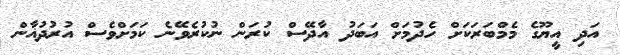
އަދި އީޔޫގެ މެމްބަރަކަށް ހެދުމަށް އަބަދު އާދޭސް ކުރަން ނުކުރެވޭނެ ކަމަށްވެސް އުރުދުޣާން